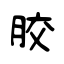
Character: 胶